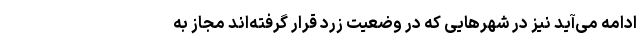
ادامه می‌آید نیز در شهرهایی که در وضعیت زرد قرار گرفته‌اند مجاز به